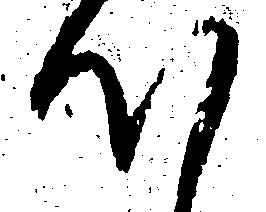
心